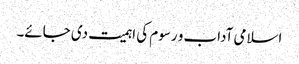
اسلامی آداب و رسوم کی اہمیت دی جائے۔